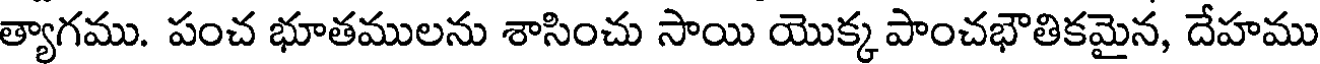
త్యాగము. పంచ భూతములను శాసించు సాయి యొక్క పాంచభౌతికమైన, దేహము